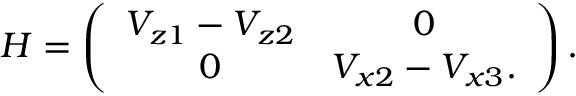
H = \left( \begin{array} { c c } { V _ { z 1 } - V _ { z 2 } } & { 0 } \\ { 0 } & { V _ { x 2 } - V _ { x 3 } . } \end{array} \right) .